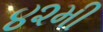
૪૨મી